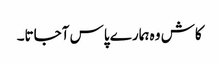
کاش وہ ہمارے پاس آجاتا۔